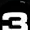
Digit: 3